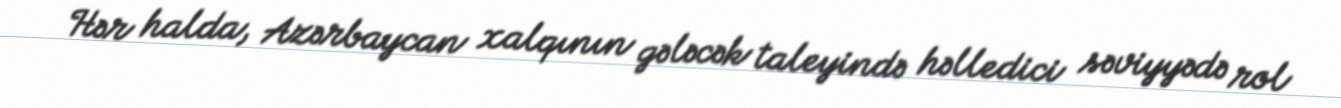
Hər halda, Azərbaycan xalqının gələcək taleyində həlledici səviyyədə rol